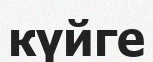
күйге